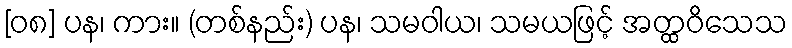
[၀၈] ပန၊ ကား။ (တစ်နည်း) ပန၊ သမဝါယ၊ သမယဖြင့် အတ္ထဝိသေသ